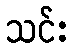
သင်း